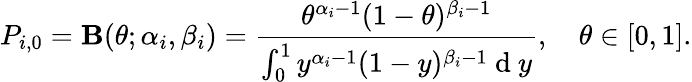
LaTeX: P_{i,0}=\mathbf{B}(\theta;\alpha_{i},\beta_{i})=\frac{{\theta^{\alpha_{i}-1}(1-\theta)^{\beta_{i}-1}}}{{\int_{0}^{1}y^{\alpha_{i}-1}(1-y)^{\beta_{i}-1}\mathrm{{~d~}}y}},\quad\theta\in[0,1].